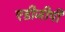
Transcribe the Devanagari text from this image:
एडीजीपी